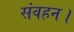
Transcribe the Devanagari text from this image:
संवहन।